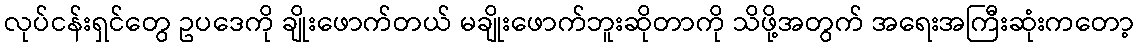
လုပ်ငန်းရှင်တွေ ဥပဒေကို ချိုးဖောက်တယ် မချိုးဖောက်ဘူးဆိုတာကို သိဖို့အတွက် အရေးအကြီးဆုံးကတော့